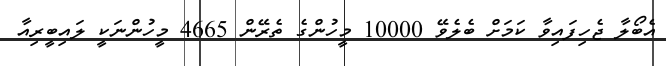
އެބޯލާ ޖެހިފައިވާ ކަމަށް ބެލެވޭ 10000 މީހުންގެ ތެރޭން 4665 މީހުންނަކީ ލައިބީރިއާ